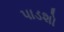
પાડશો